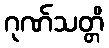
ဂုဏ်သတ္တိ